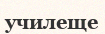
училеще